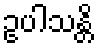
ဥပါသန္တိ